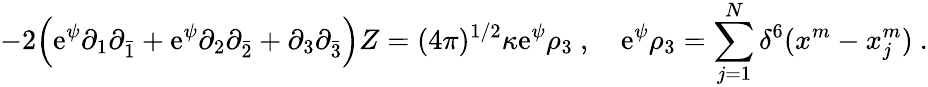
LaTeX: -2\Bigl(\mathrm{e}^{\psi}\partial_{1}\partial_{\bar{{1}}}+\mathrm{e}^{\psi}\partial_{2}\partial_{\bar{{2}}}+\partial_{3}\partial_{\bar{{3}}}\Bigr)Z=(4\pi)^{1/2}\kappa\mathrm{e}^{\psi}\rho_{3}\ ,\quad\mathrm{e}^{\psi}\rho_{3}=\sum_{j=1}^{N}\delta^{6}(x^{m}-x_{j}^{m})\ .